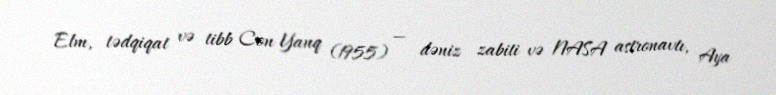
Elm, tədqiqat və tibb Con Yanq (1955) — dəniz zabiti və NASA astronavtı, Aya